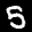
Label: 5